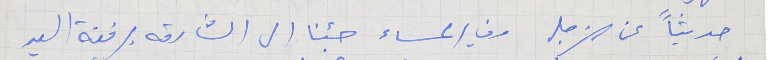
حديثاً عن الزجل وفي المساء جئنا الى الشارقه برفقة السيد